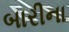
બારીના